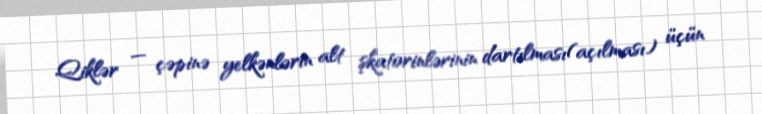
Qiklər — çəpinə yelkənlərin alt şkatorinlərinin dartılması(açılması) üçün